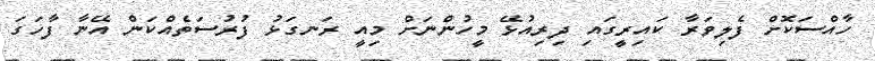
ހާއްސަކޮށް ފެލިވަރާ ކައިރީގައި ދިރިއުޅޭ މީހުންނަށް މިއީ ރަނގަޅު ފުރުސަތެއްކަން އޭނާ ފާހަގަ